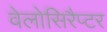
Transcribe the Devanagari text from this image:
वेलोसिरैप्टर